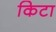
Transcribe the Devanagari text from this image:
किटा